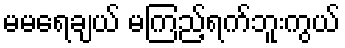
မမရေချယ် မကြည့်ရက်ဘူးကွယ်